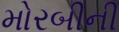
મોરબીની